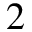
2